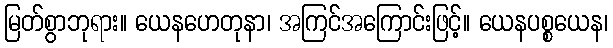
မြတ်စွာဘုရား။ ယေနဟေတုနာ၊ အကြင်အကြောင်းဖြင့်။ ယေနပစ္စယေန၊